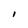
Character: l